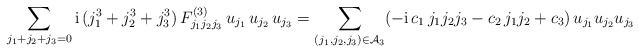
LaTeX: \begin{align*}\sum_{j_1+j_2+j_3=0} \mathrm{i}\,(j_1^3+j_2^3+j_3^3)\,F_{j_1 j_2 j_3}^{(3)}\,u_{j_1}\,u_{j_2}\,u_{j_3}=\sum_{(j_1, j_2, j_3)\in\mathcal{A}_3} (-\mathrm{i}\,c_1\, j_1 j_2 j_3-c_2\,j_1 j_2+c_3)\, u_{j_1} u_{j_2} u_{j_3}\end{align*}